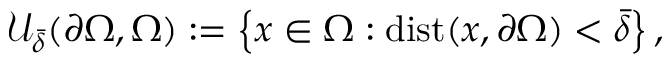
\begin{array} { r } { \mathcal U _ { \bar { \delta } } ( \partial \Omega , \Omega ) : = \left\lbrace x \in \Omega : \operatorname { d i s t } ( x , \partial \Omega ) < \bar { \delta } \right\rbrace , } \end{array}